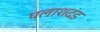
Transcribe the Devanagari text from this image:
पलाशदंड